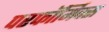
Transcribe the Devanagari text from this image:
परफॉर्मिक्स